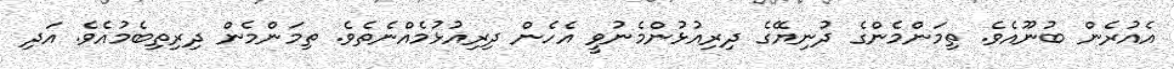
އެއުރެން ބުނޫއެވެ. ތިމަންމެންގެ ދުނިޔޭގެ ދިރިއުޅުންމެނުވީ އެހެން ދިރިއުޅުމެއްނެތެވެ. ތިމަންމެން ދިރިތިބެމުއެވެ. އަދި